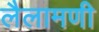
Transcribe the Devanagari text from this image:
लैलामणी